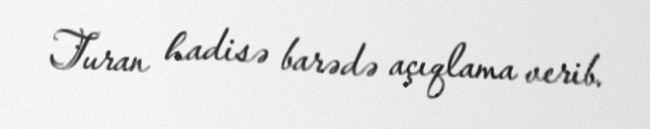
Turan hadisə barədə açıqlama verib.